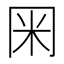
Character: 𭁨